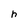
Character: h